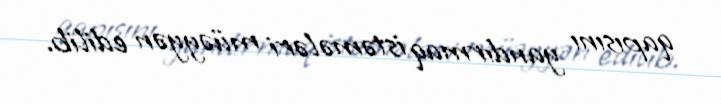
qapısını yandırmaq istəmələri müəyyən edilib.